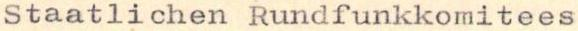
Staatlichen Rundfunkkomitees